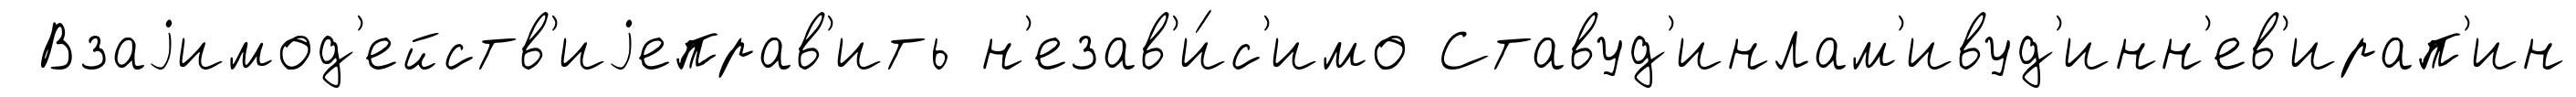
Взаjимод'ейств'иjеправ'ить н'езав'и́с'имо Ставуд'инлам'ивуд'инн'ев'ирап'ин